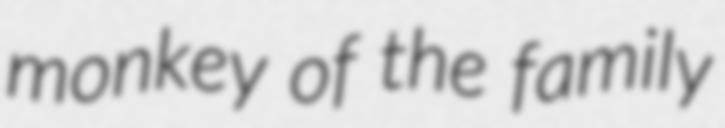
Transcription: monkey of the family